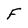
Character: F